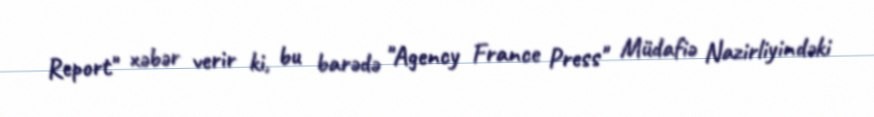
Report" xəbər verir ki, bu barədə "Agency France Press" Müdаfiə Nаzirliyindəki